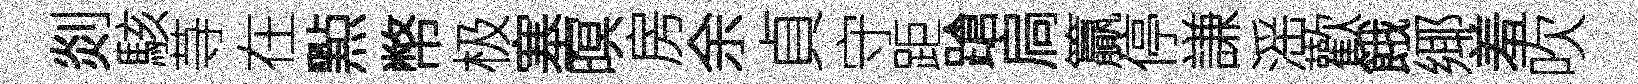
剡駭䒭在㸃幣极塞暝房余貞守距蹌扃籯停謙滛歡餓鄊羞吹